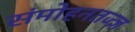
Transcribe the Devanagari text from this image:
संमोहनतज्‍ज्ञ